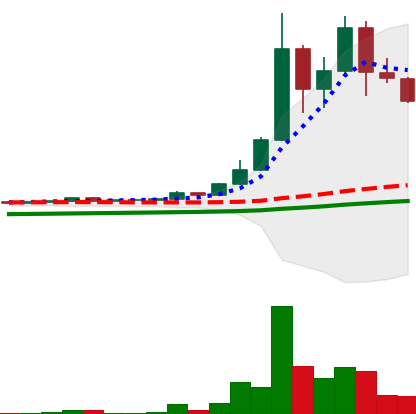
Ticker: DOGE-USD
Chart end date: 2021-04-22
Forward return: 4.3%
Label: up_3_5